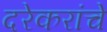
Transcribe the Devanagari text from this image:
दरेकरांचे